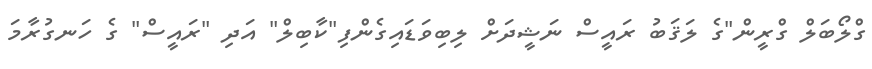
ގްލޯބަލް ގްރީން"ގެ ލަޤަބު ރައީސް ނަޝީދަށް ލިބިވަޑައިގެންފި"ކާބިލް" އަދި "ރައީސް" ގެ ހަނގުރާމަ